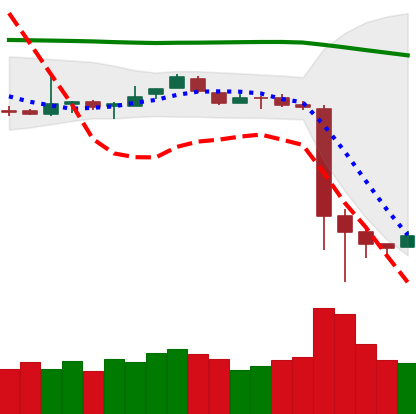
Ticker: BTC-USD
Chart end date: 2018-11-18
Forward return: -22.698%
Label: down_7plus